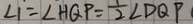
\angle 1 = \angle H Q P = \frac { 1 } { 2 } \angle D Q P